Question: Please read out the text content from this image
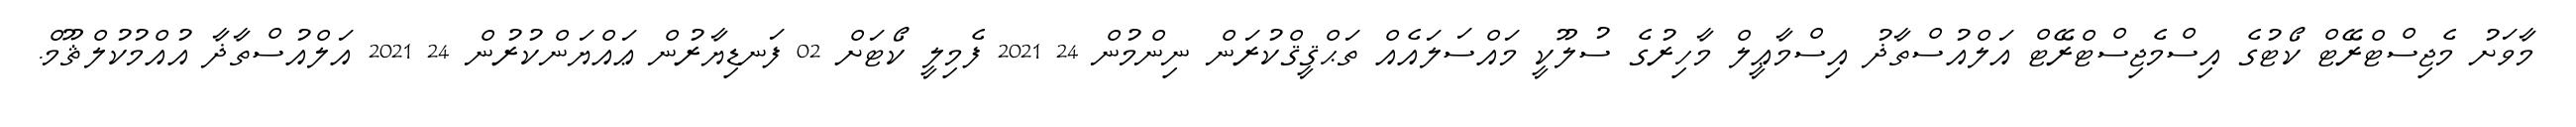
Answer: މާވަށު މެޖިސްޓްރޭޓް ކޯޓުގެ އިސްމެޖިސްޓްރޭޓް އަލްއުސްތާޛު އިސްމާޢީލް މާހިރުގެ ސުލޫކީ މައްސަލައެއް ތަޙްޤީޤްކުރަން ނިންމުން 24 2021 ފެމިލީ ކޯޓަށް 02 ފަނޑިޔާރުން ޢައްޔަންކުރުން 24 2021 އަލްއުސްތާޛާ އުއްމުކުލްޘޫމް.